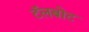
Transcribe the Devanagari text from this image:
टॅलबोट